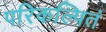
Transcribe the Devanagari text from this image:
परिकल्पितं